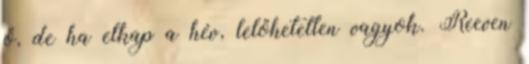
ő, de ha elkap a hév, lelőhetetlen vagyok. Reeven